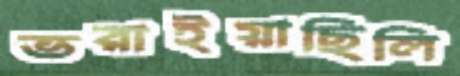
ভরাইয়াছিলি